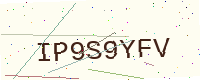
Text: IP9S9YFV